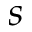
s